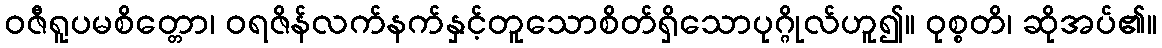
ဝဇီရူပမစိတ္တော၊ ဝရဇိန်လက်နက်နှင့်တူသောစိတ်ရှိသောပုဂ္ဂိုလ်ဟူ၍။ ဝုစ္စတိ၊ ဆိုအပ်၏။